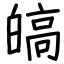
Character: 皜